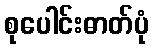
စုပေါင်းဓာတ်ပုံ